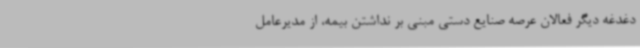
دغدغه دیگر فعالان عرصه صنایع دستی مبنی بر نداشتن بیمه،‌ از مدیرعامل